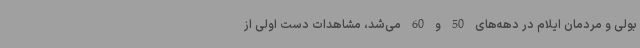
بولی و مردمان ایلام در دهه‌های 50 و 60 می‌شد، مشاهدات دست اولی از